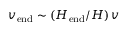
{ v _ { \mathrm { e n d } } \sim ( H _ { \mathrm { e n d } } / H ) \, v }